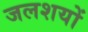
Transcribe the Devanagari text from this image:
जलशयों